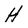
Character: H